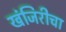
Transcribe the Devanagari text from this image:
खंजिरीचा